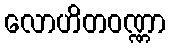
လောဟိတဝဏ္ဏာ